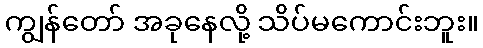
ကျွန်တော် အခုနေလို့ သိပ်မကောင်းဘူး။